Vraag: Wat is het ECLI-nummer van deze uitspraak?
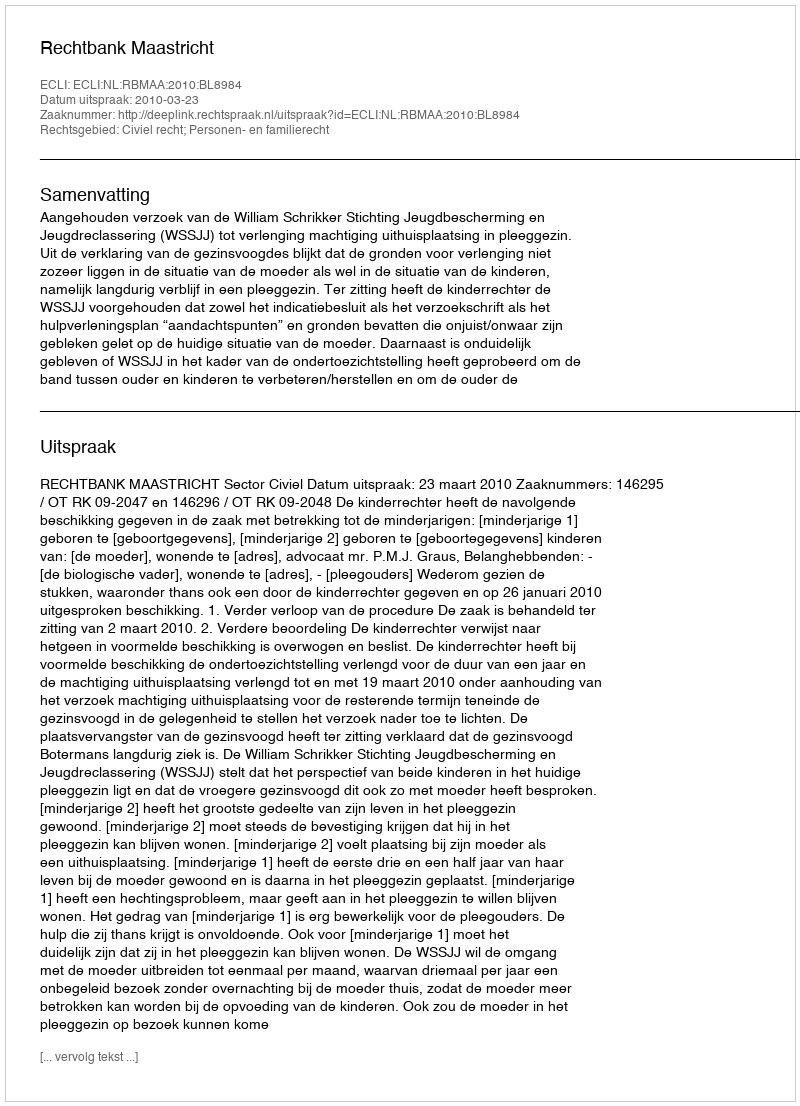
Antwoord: ECLI:NL:RBMAA:2010:BL8984